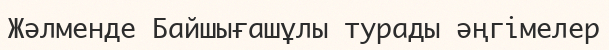
Жәлменде Байшығашұлы турады әңгімелер